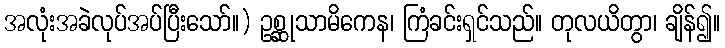
အလုံးအခဲလုပ်အပ်ပြီးသော်။) ဥစ္ဆုသာမိကေန၊ ကြံခင်းရှင်သည်။ တုလယိတွာ၊ ချိန်၍။